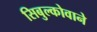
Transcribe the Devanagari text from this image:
सिबुल्कोवाने